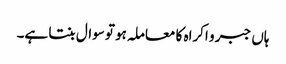
ہاں جبر و اکراہ کا معاملہ ہو تو سوال بنتا ہے۔